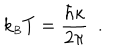
LaTeX: k _ { \scriptscriptstyle B } T = { \frac { \hbar \kappa } { 2 \pi } } \ \ .